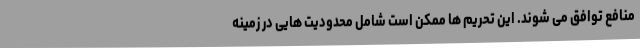
منافع توافق می شوند. این تحریم ها ممکن است شامل محدودیت هایی در زمینه